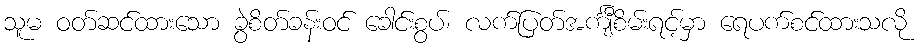
သူမ ဝတ်ဆင်ထားသော ခွဲစိတ်ခန်းဝင် ခေါင်းစွပ်၊ လက်ပြတ်အင်္ကျီစိမ်းရင့်မှာ ရေပက်စင်ထားသလို